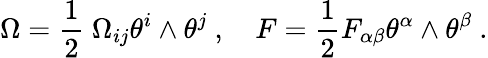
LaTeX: \Omega=\frac{1}{2}\ \Omega_{ij}\theta^{i}\wedge\theta^{j}\ ,\ \ \ \ F=\frac{1}{2}F_{\alpha\beta}\theta^{\alpha}\wedge\theta^{\beta}\ .